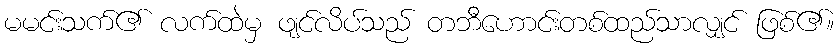
မမင်းသက်၏ လက်ထဲမှ ဖျင်လိပ်သည် တဘီဟောင်းတစ်ထည်သာလျှင် ဖြစ်၏။